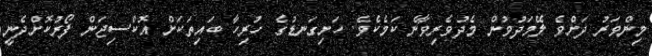
މިންވަރު ދަށްވެ ލޭމަދުވުން މެދުވެރިވާނެ ކަމެކެވެ. ހަށިގަނޑުގެ ހުރިހާ ބައިތަކަށް އޮކްސިޖަން ފޯރުކޮށްދެނީ